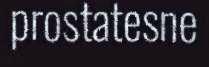
prostatesne